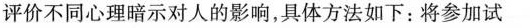
评价不同心理暗示对人的影响，具体方法如下：将参加试